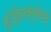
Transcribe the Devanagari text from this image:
होईबक्सेको